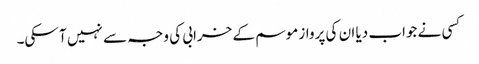
کسی نے جواب دیا ان کی پرواز موسم کے خرابی کی وجہ سے نہیں آ سکی۔